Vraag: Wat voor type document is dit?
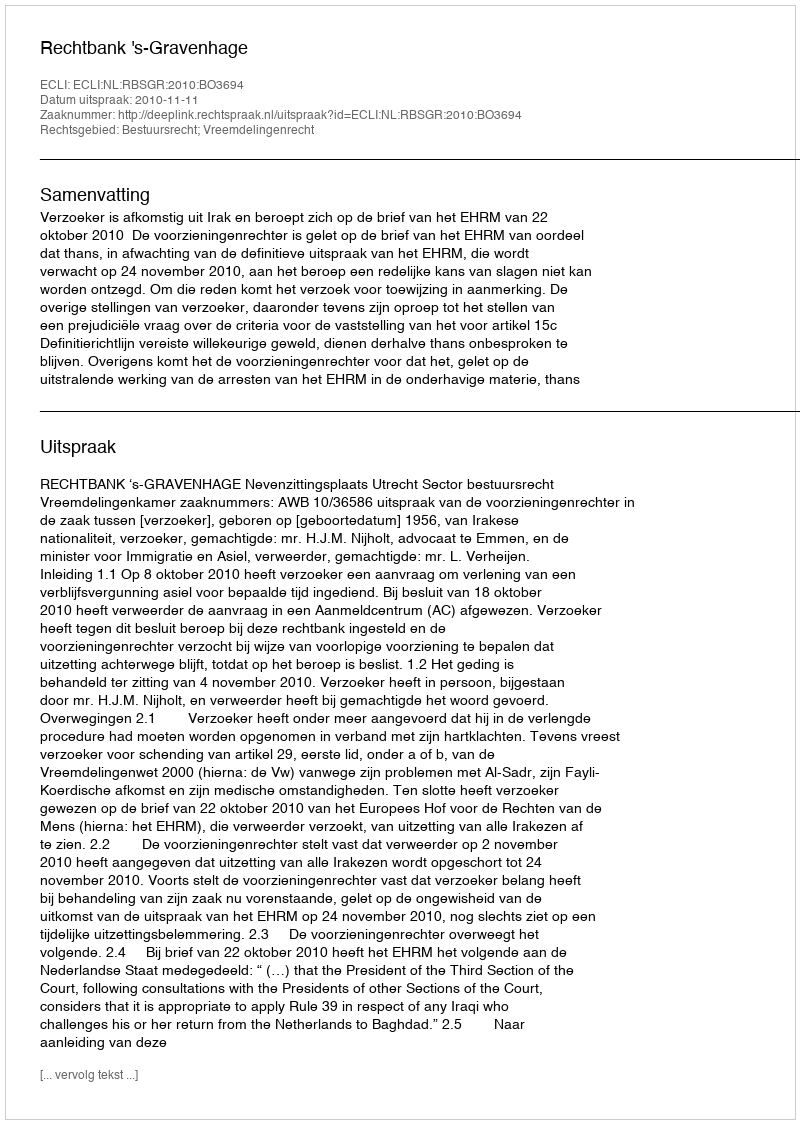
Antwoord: Uitspraak